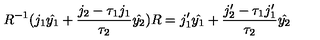
R ^ { - 1 } ( j _ { 1 } \hat { y _ { 1 } } + \frac { j _ { 2 } - \tau _ { 1 } j _ { 1 } } { \tau _ { 2 } } \hat { y _ { 2 } } ) R = j _ { 1 } ^ { \prime } \hat { y _ { 1 } } + \frac { j _ { 2 } ^ { \prime } - \tau _ { 1 } j _ { 1 } ^ { \prime } } { \tau _ { 2 } } \hat { y _ { 2 } }